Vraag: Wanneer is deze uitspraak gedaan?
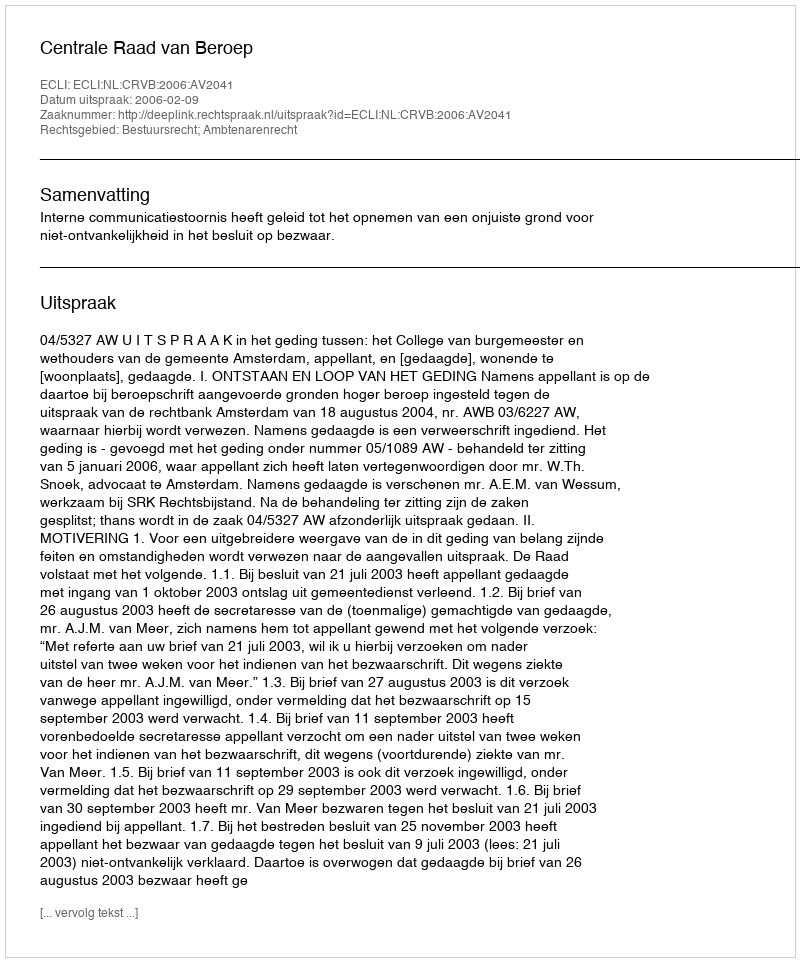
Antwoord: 2006-02-09